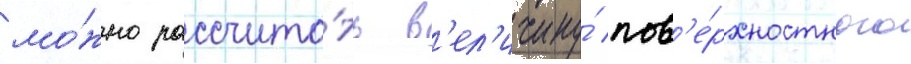
мо́жно рассчита́ть в'ел'ичину́ пов'е́рхностного